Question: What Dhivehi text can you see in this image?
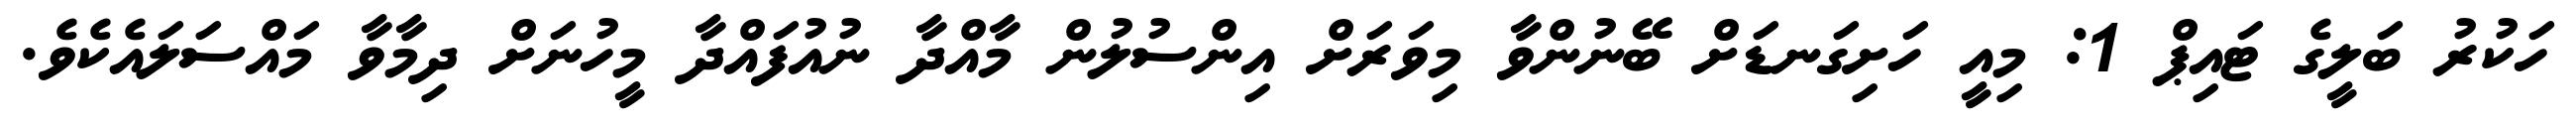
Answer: ހަކުރު ބަލީގެ ޓައިޕް 1: މިއީ ހަށިގަނޑަށް ބޭނުންވާ މިވަރަށް އިންސުލުން މާއްދާ ނުއުފައްދާ މީހުނަށް ދިމާވާ މައްސަލައެކެވެ.